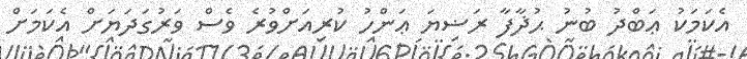
އެކަމަކު ޢަބްދު ބުނު ޙުޛާފާ ރަޟިޔަ ޢަންހު ކުރިއަށްވުރެ ވެސް ވަރުގަދަޔަށް އެކަމަށް